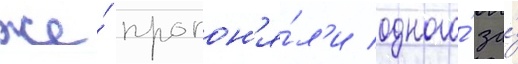
же́ прогон'я́л'и одного́ за́